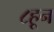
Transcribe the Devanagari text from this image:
८हून